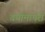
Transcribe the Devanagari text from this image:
वयोमापरो